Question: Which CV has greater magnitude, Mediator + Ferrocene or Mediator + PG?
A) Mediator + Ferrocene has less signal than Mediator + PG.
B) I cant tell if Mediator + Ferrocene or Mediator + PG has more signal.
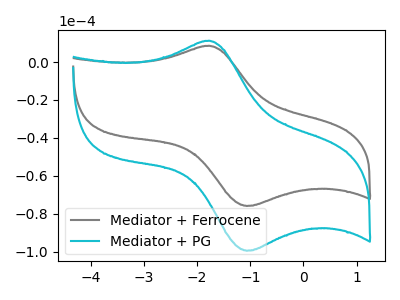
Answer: <think>The gray curve "Mediator + Ferrocene" has an anodic peak at (-1.80V, 8.60uA) and a cathodic peak at (-1.05V, -75.95uA). The cyan curve "Mediator + PG" has an anodic peak at (-1.80V, 11.25uA) and a cathodic peak at (-1.05V, -99.55uA).
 All the peaks in "Mediator + Ferrocene" have a peak in "Mediator + PG" at the same potential. Every peak in "Mediator + Ferrocene" is lower than every peak in "Mediator + PG".</think>
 <answer>A) "Mediator + Ferrocene" has less signal than "Mediator + PG".</answer>
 <eval>A</eval>